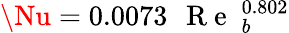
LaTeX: \Nu=0.0073\, \mathrm{~{~R~e~}~}_{b}^{0.802}